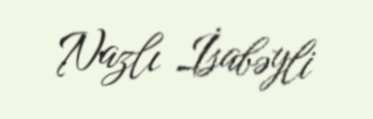
Nazlı İsabəyli